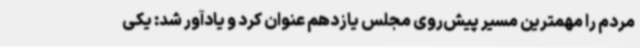
مردم را مهمترین مسیر پیش‌روی مجلس یازدهم عنوان کرد و یادآور شد: یکی